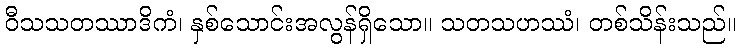
ဝီသသတဿာဒိကံ၊ နှစ်သောင်းအလွန်ရှိသော။ သတသဟဿံ၊ တစ်သိန်းသည်။